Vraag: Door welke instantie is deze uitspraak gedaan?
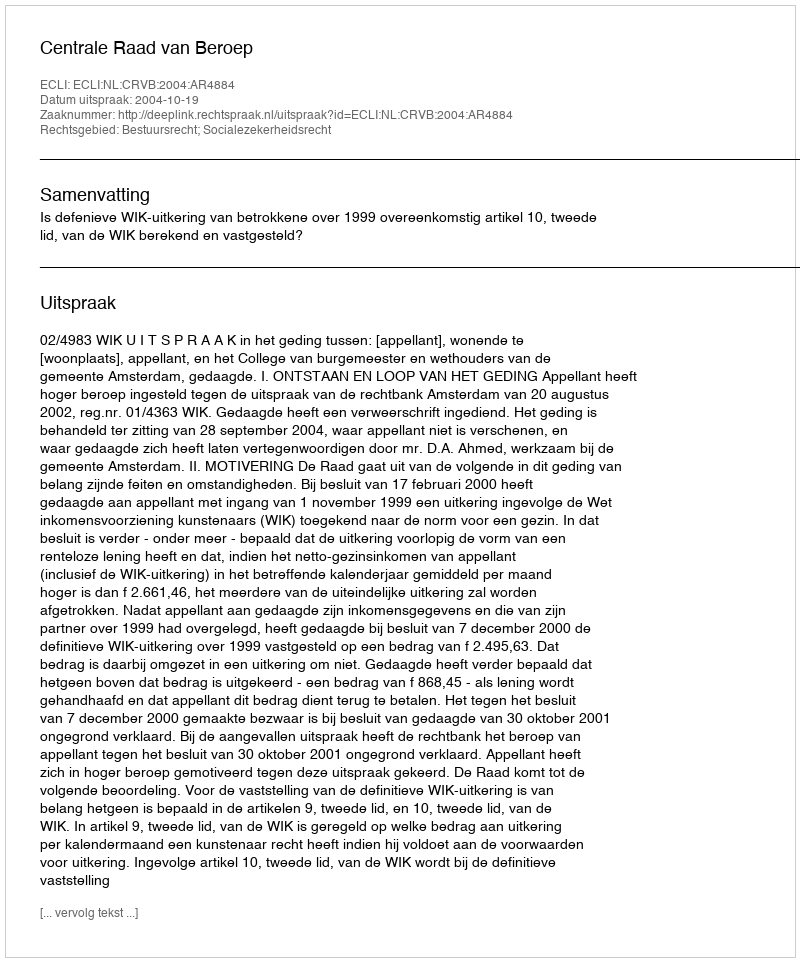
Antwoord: Centrale Raad van Beroep